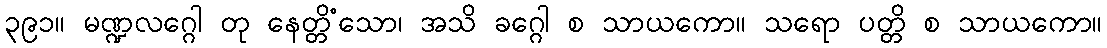
၃၉၁။ မဏ္ဍလဂ္ဂေါ တု နေတ္တိံသော၊ အသိ ခဂ္ဂေါ စ သာယကော။ သရော ပတ္တိ စ သာယကော။